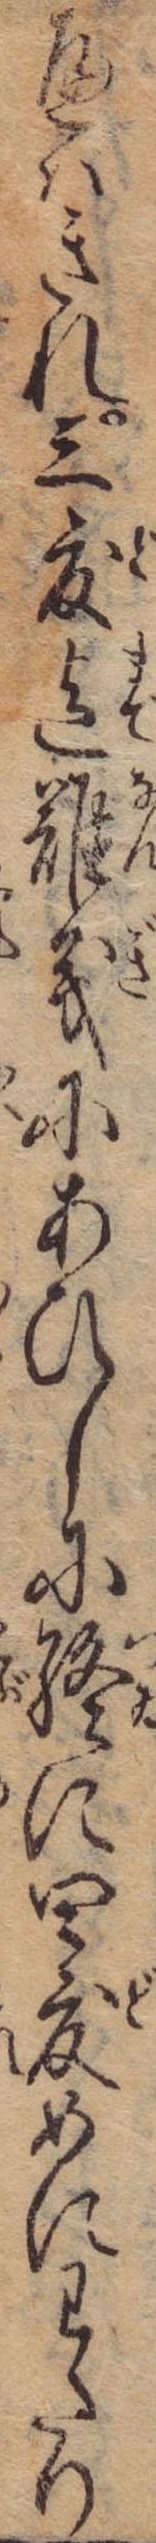
へはきれ三度迄難義にあひしに終に四度めにわたり